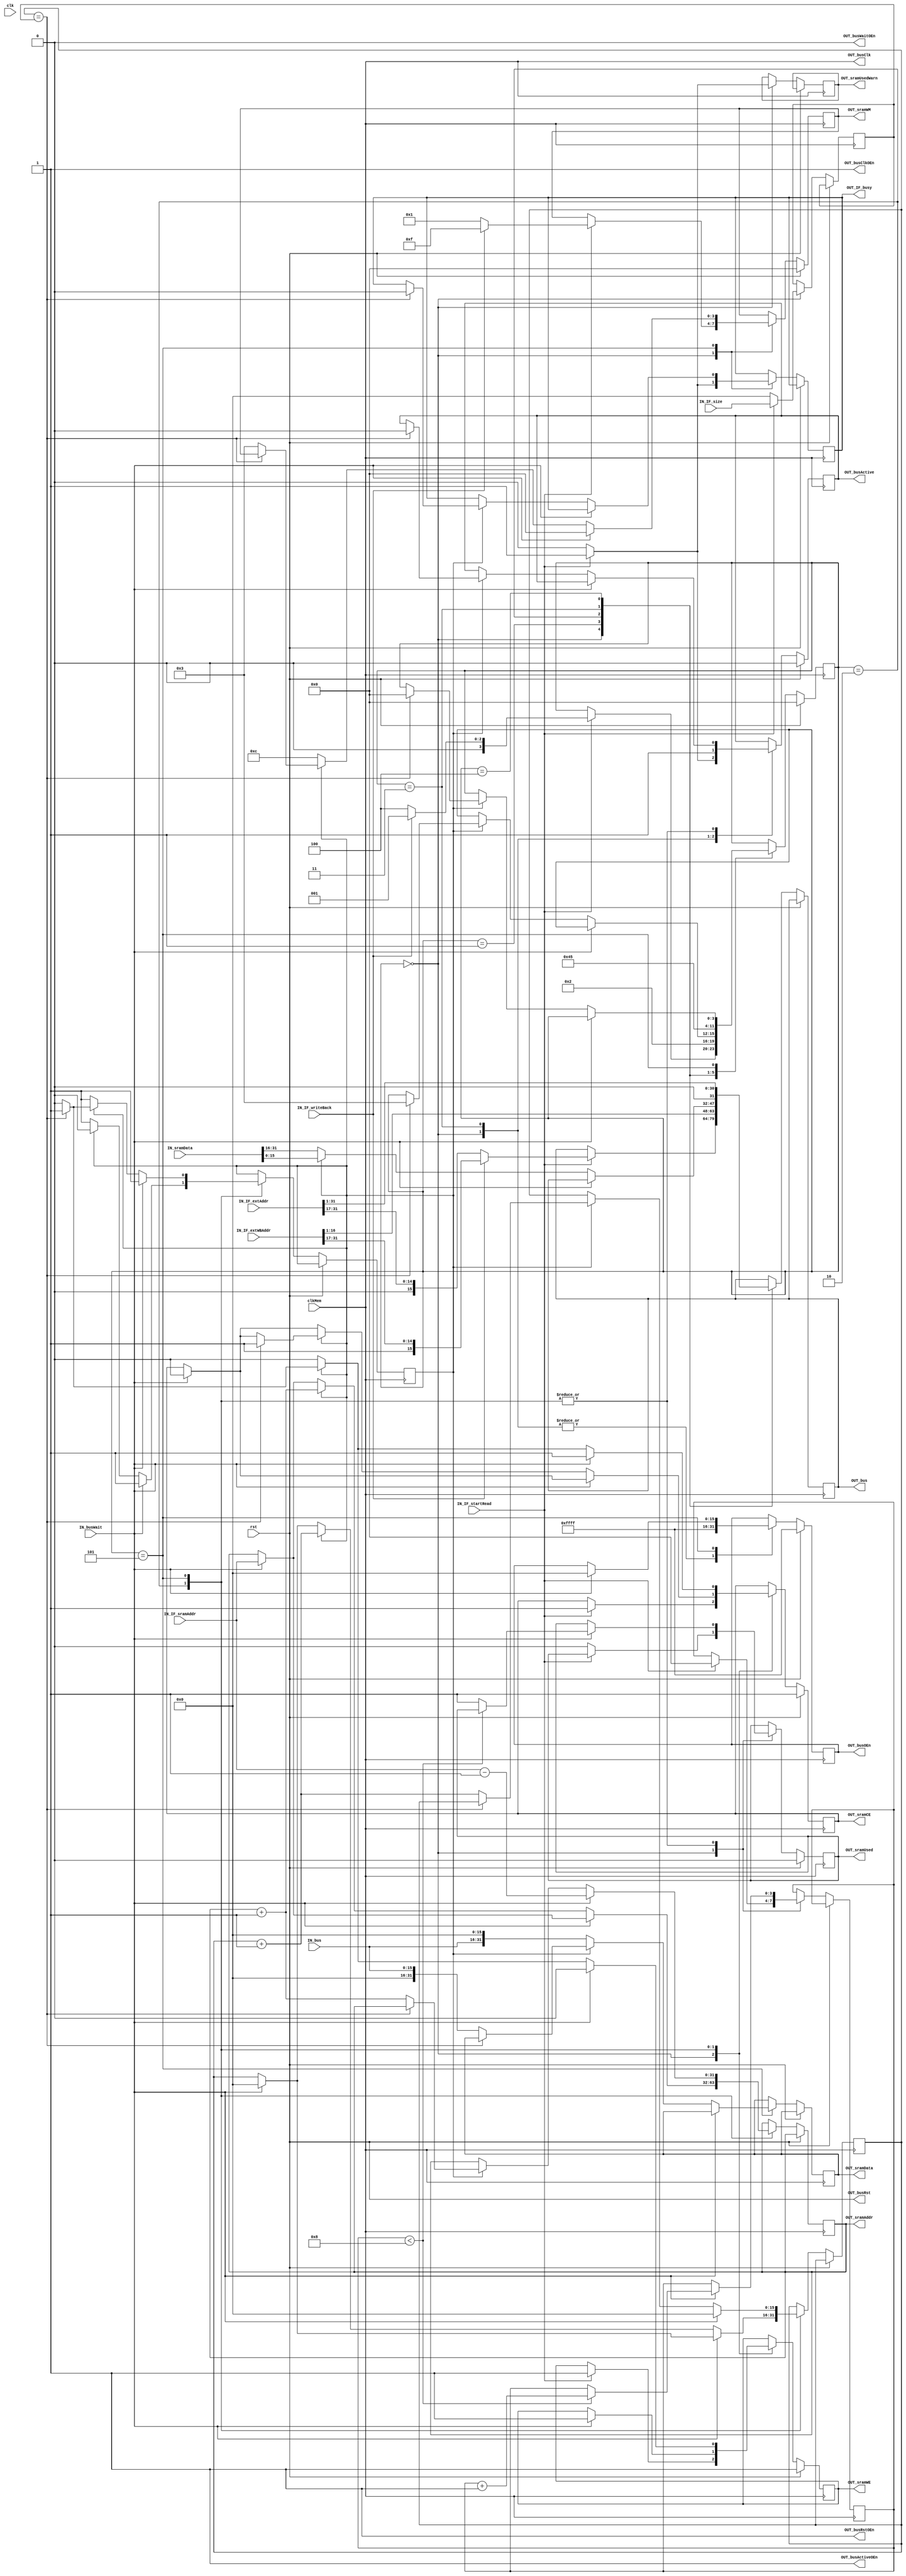
module MemoryController (
	clk,
	rst,
	clkMem,
	IN_bus,
	OUT_busOEn,
	OUT_bus,
	OUT_busClk,
	OUT_busClkOEn,
	OUT_busActive,
	OUT_busActiveOEn,
	IN_busWait,
	OUT_busWaitOEn,
	OUT_busRst,
	OUT_busRstOEn,
	OUT_sramData,
	OUT_sramAddr,
	IN_sramData,
	OUT_sramCE,
	OUT_sramWE,
	OUT_sramWM,
	OUT_sramUsed,
	OUT_sramUsedWarn,
	IN_IF_startRead,
	IN_IF_writeBack,
	IN_IF_sramAddr,
	IN_IF_extAddr,
	IN_IF_extWBAddr,
	IN_IF_size,
	OUT_IF_busy
);
	input wire clk;
	input wire rst;
	input wire clkMem;
	input wire [15:0] IN_bus;
	output reg [15:0] OUT_busOEn;
	output reg [15:0] OUT_bus;
	output wire OUT_busClk;
	output wire OUT_busClkOEn;
	output reg OUT_busActive;
	output wire OUT_busActiveOEn;
	input wire IN_busWait;
	output wire OUT_busWaitOEn;
	output wire OUT_busRst;
	output wire OUT_busRstOEn;
	output reg [31:0] OUT_sramData;
	output reg [31:0] OUT_sramAddr;
	input wire [31:0] IN_sramData;
	output reg OUT_sramCE;
	output reg OUT_sramWE;
	output reg [3:0] OUT_sramWM;
	output reg OUT_sramUsed;
	output reg OUT_sramUsedWarn;
	input wire IN_IF_startRead;
	input wire IN_IF_writeBack;
	input wire [31:0] IN_IF_sramAddr;
	input wire [31:0] IN_IF_extAddr;
	input wire [31:0] IN_IF_extWBAddr;
	input wire [15:0] IN_IF_size;
	output reg OUT_IF_busy;
	assign OUT_busClkOEn = 1;
	assign OUT_busActiveOEn = 1;
	assign OUT_busClk = clkMem;
	assign OUT_busWaitOEn = 0;
	assign OUT_busRstOEn = 1;
	assign OUT_busRst = rst;
	reg [3:0] state;
	reg [3:0] returnState;
	reg [15:0] xferCnt;
	reg [15:0] curCnt;
	reg [3:0] delayCycles;
	reg doInc;
	always @(posedge clkMem)
		if (rst) begin
			state <= 0;
			OUT_sramUsed <= 0;
			OUT_sramCE <= 1;
			OUT_sramWE <= 1;
			OUT_sramWM <= 4'b0000;
			OUT_busOEn <= 16'hffff;
			OUT_busActive <= 0;
		end
		else
			case (state)
				0:
					if (IN_IF_startRead) begin
						if (IN_IF_writeBack) begin
							OUT_IF_busy <= 1;
							OUT_sramUsedWarn <= 1;
							OUT_sramCE <= 1;
							OUT_sramWE <= 1;
							OUT_sramWM <= 4'b1111;
							delayCycles <= 0;
							OUT_busOEn <= 16'hffff;
							OUT_bus <= {1'b1, IN_IF_extWBAddr[31:17]};
							OUT_busActive <= 1;
							xferCnt <= IN_IF_size;
							state <= 1;
						end
						else begin
							OUT_IF_busy <= 1;
							OUT_sramUsedWarn <= 1;
							OUT_sramCE <= 1;
							OUT_sramWE <= 1;
							OUT_sramWM <= 1;
							delayCycles <= 0;
							OUT_busOEn <= 16'hffff;
							OUT_bus <= {1'b0, IN_IF_extAddr[31:17]};
							OUT_busActive <= 1;
							xferCnt <= IN_IF_size;
							state <= 4;
						end
					end
					else begin
						OUT_IF_busy <= 0;
						OUT_sramUsedWarn <= 0;
						OUT_sramUsed <= 0;
						OUT_busActive <= 0;
						OUT_busOEn <= 16'hffff;
						xferCnt <= 0;
					end
				1: begin
					OUT_bus <= IN_IF_extWBAddr[16:1];
					state <= 2;
				end
				2: begin
					if (IN_busWait) begin
						OUT_sramCE <= 0;
						OUT_sramWE <= 1;
						OUT_sramAddr <= IN_IF_sramAddr;
						doInc <= 1;
						curCnt <= 0;
						if (delayCycles < 8)
							delayCycles <= delayCycles + 1;
						else
							OUT_sramUsed <= 1;
					end
					if (!IN_busWait) begin
						if (doInc)
							OUT_bus <= IN_sramData[15:0];
						else
							OUT_bus <= IN_sramData[31:16];
						if (doInc) begin
							curCnt <= curCnt + 1;
							OUT_sramAddr <= OUT_sramAddr + 1;
							if (curCnt == xferCnt) begin
								OUT_busActive <= 0;
								state <= 3;
								OUT_sramCE <= 1;
							end
							doInc <= 0;
						end
						else
							doInc <= 1;
					end
				end
				3: begin
					OUT_busActive <= 1;
					OUT_busOEn <= 16'hffff;
					OUT_bus <= {1'b0, IN_IF_extAddr[31:17]};
					state <= 4;
				end
				4: begin
					OUT_bus <= IN_IF_extAddr[16:1];
					state <= 5;
				end
				5:
					if (IN_busWait) begin
						OUT_sramCE <= 1;
						OUT_sramWE <= 0;
						OUT_sramWM <= 4'b0000;
						OUT_sramAddr <= IN_IF_sramAddr - 1;
						OUT_busOEn <= 16'h0000;
						curCnt <= 0;
						doInc <= 1;
						if (delayCycles < 8)
							delayCycles <= delayCycles + 1;
						else
							OUT_sramUsed <= 1;
					end
					else if (doInc) begin
						if (curCnt == xferCnt) begin
							state <= 0;
							OUT_busActive <= 0;
							OUT_sramCE <= 1;
							OUT_sramWE <= 1;
							OUT_IF_busy <= 0;
						end
						else begin
							OUT_sramWM <= 4'b0011;
							OUT_sramCE <= 0;
							OUT_sramWE <= 0;
							OUT_sramData <= {16'b0000000000000000, IN_bus};
							OUT_sramAddr <= OUT_sramAddr + 1;
							curCnt <= curCnt + 1;
							doInc <= 0;
						end
					end
					else begin
						OUT_sramWM <= 4'b1100;
						OUT_sramCE <= 0;
						OUT_sramWE <= 0;
						OUT_sramData <= {IN_bus, 16'b0000000000000000};
						doInc <= 1;
					end
			endcase
endmodule